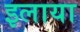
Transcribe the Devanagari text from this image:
इलाया